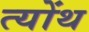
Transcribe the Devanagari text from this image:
त्योंथ